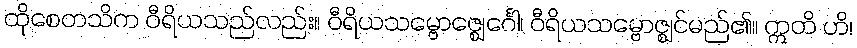
ထိုစေတသိက ဝီရိယသည်လည်း။ ဝီရိယသမ္ဗောဇ္ဈေင်္ဂေါ၊ ဝီရိယသမ္ဗောဇ္ဈင်မည်၏။ ဣတိ ဟိ၊